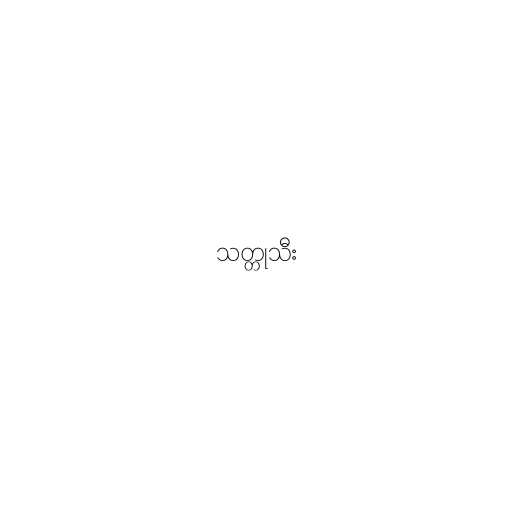
သတ္တုသီး